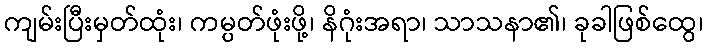
ကျမ်းပြီးမှတ်ထုံး၊ ကမ္ပတ်ဖုံးဖို့၊ နိဂုံးအရာ၊ သာသနာ၏၊ ခုခါဖြစ်ထွေ၊